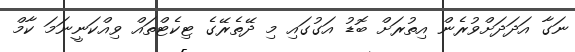
ނަގާ އަދަދަށްވުރެން އިތުރަށް ބޮޑު އަގުގައި މި ދޭތެރޭގެ ޓިކެޓްތައް ވިއްކަނީނަމަ ކާމް